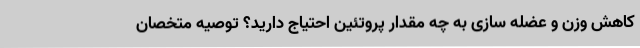
کاهش وزن و عضله سازی به چه مقدار پروتئین احتیاج دارید؟ توصیه متخصان